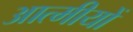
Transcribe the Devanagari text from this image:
आत्मीयों